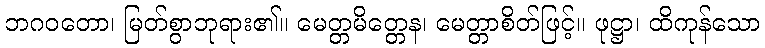
ဘဂဝတော၊ မြတ်စွာဘုရား၏။ မေတ္တမိတ္တေန၊ မေတ္တာစိတ်ဖြင့်။ ဖုဋ္ဌာ၊ ထိကုန်သော